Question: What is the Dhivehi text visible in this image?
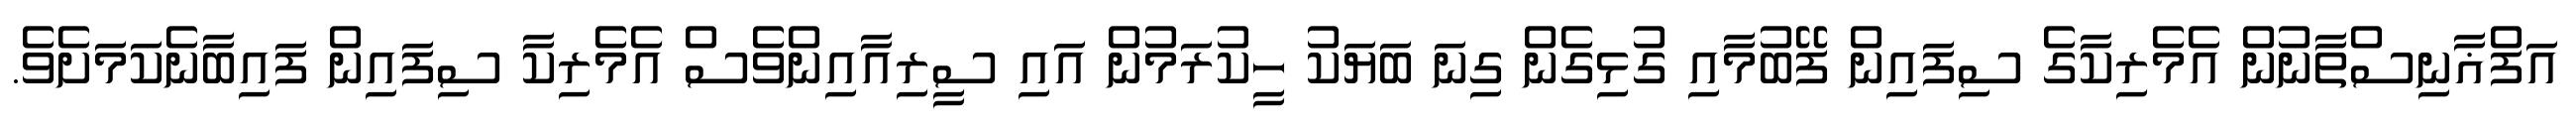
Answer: އަފްޣާނިސްތާނުން އެމެރިކާގެ ސިފައިން ފޭބުމާއި ގުޅިގެން ގިނަ ބަޔަކު ހީކުރަމުން އައި ސީރިއާއިންވެސް އެމެރިކާ ސިފައިން ފައިބާނެކަމަށެވެ.